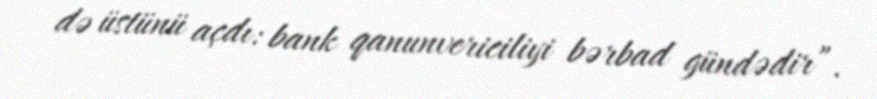
də üstünü açdı: bank qanunvericiliyi bərbad gündədir”.